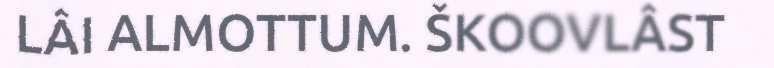
LÂI ALMOTTUM. ŠKOOVLÂST